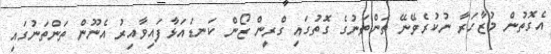
އެގޮތުން މުޒާހަރާ ނުކުރެވޭނޭ ތަންތަނުގެ ގޮތުގައި ގްރީން ޒޯން ކަނޑައަޅާފައިވާއިރު އެނޫން ތަންތަނުގައި